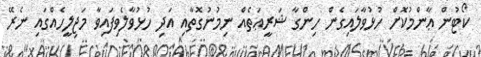
ކޯޓުން ޢާންމުކޮށް ހުޅުވާލައިގެން ހިންގާ ޝަރީޢަތެއް ނިމުނުގޮތާއި އަދި ހުޅުވާލެވިފައިވާ މަޖިލީހެއްގައި ނެރޭ